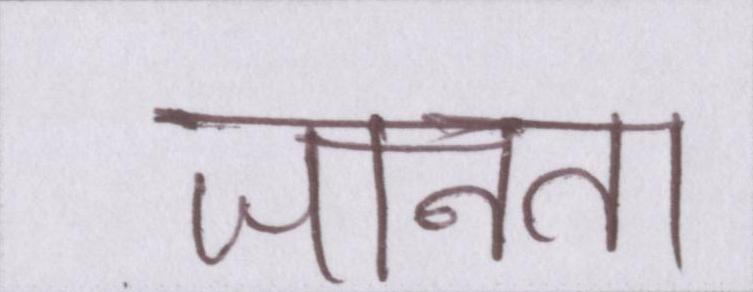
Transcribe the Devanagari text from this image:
जानता